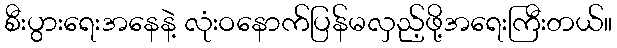
စီးပွားရေးအနေနဲ့ လုံးဝနောက်ပြန်မလှည့်ဖို့အရေးကြီးတယ်။